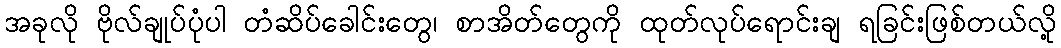
အခုလို ဗိုလ်ချုပ်ပုံပါ တံဆိပ်ခေါင်းတွေ၊ စာအိတ်တွေကို ထုတ်လုပ်ရောင်းချ ရခြင်းဖြစ်တယ်လို့